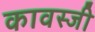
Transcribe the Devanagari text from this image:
कावस्जी